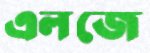
এলজে